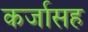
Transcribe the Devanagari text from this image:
कर्जासह